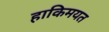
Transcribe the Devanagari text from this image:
हाकिमयत